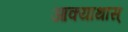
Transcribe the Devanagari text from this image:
आक्याथास्